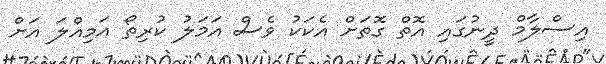
އިސްލާމް ދީނުގައި އޮތް ގޮތަށް އެކަކު ވެސް އަމަލު ކުރިތޯ އަމިއްލަ އަށް